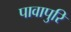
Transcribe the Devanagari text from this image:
पावापुरि